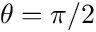
\theta = \pi / 2